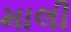
માલી